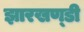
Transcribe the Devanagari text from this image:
झारखण्‍डी